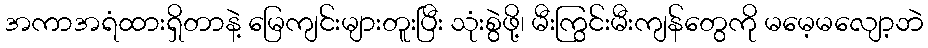
အကာအရံထားရှိတာနဲ့ မြေကျင်းများတူးပြီး သုံးစွဲဖို့၊ မီးကြွင်းမီးကျန်တွေကို မမေ့မလျော့ဘဲ